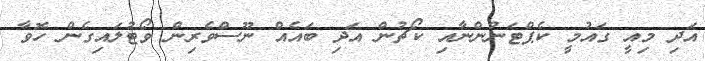
އަދި މިއީ ގައުމީ ކެޕްޓަނުންނާއި ކޯޗުން އަދި ބައެއް ނޫސްވެރިން ވޯޓުލައިގެން ހޮވާ